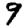
Digit: 9